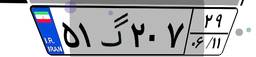
۳۸گ۸۵۸۲۷